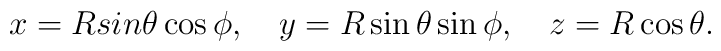
x = R sin\theta\cos\phi , \quad  y = R \sin\theta\sin\phi ,\quad z = R \cos\theta .